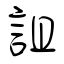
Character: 詛